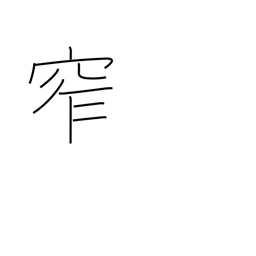
Meaning: furl